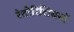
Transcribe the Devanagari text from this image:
रेटोरिशियनों